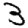
Digit: 3